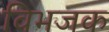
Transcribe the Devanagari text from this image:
विभजक